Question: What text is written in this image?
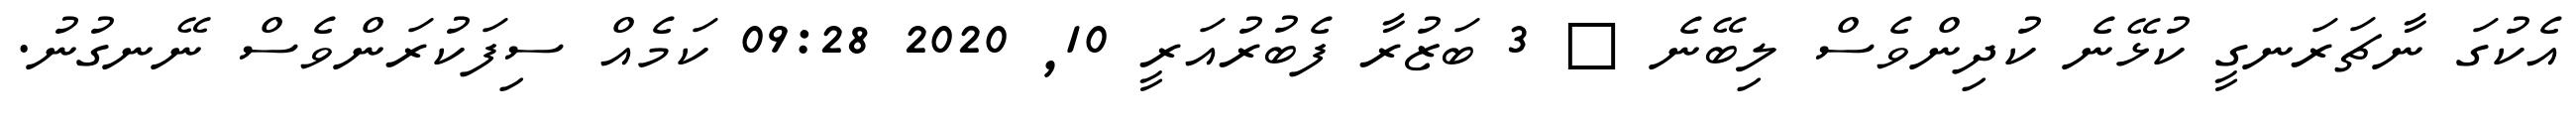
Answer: އެކުގަ ނާޗަރަނގީ ކުޅޭނެ ކުދިންވެސް ލިބޭނެ ? 3 ބަޒުރާ ފެބުރުއަރީ 10, 2020 09:28 ކަމެއް ސިފަކުރަންވެސް ނޭނގުނު.